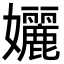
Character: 孋